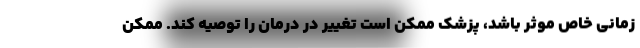
زمانی خاص موثر باشد، پزشک ممکن است تغییر در درمان را توصیه کند. ممکن